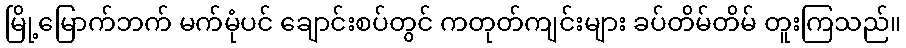
မြို့မြောက်ဘက် မက်မုံပင် ချောင်းစပ်တွင် ကတုတ်ကျင်းများ ခပ်တိမ်တိမ် တူးကြသည်။